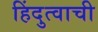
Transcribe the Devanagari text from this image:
हिंदुत्वाची